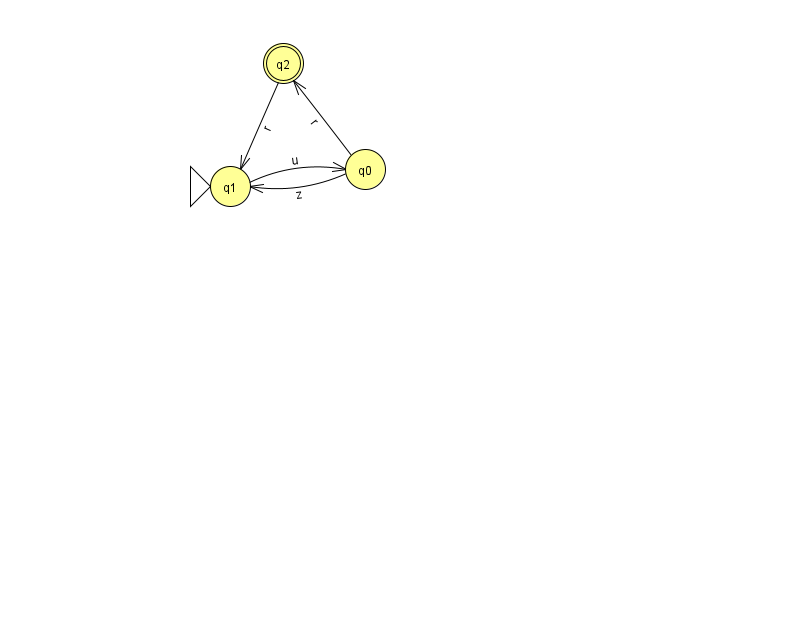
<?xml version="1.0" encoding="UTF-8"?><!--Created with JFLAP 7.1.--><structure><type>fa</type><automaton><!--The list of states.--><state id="0" name="q0"><x>365.0</x><y>156.0</y></state><state id="1" name="q1"><x>230.0</x><y>173.0</y><initial/></state><state id="2" name="q2"><x>283.0</x><y>50.0</y><final/></state><!--The list of transitions.--><transition><from>2</from><to>1</to><read>r</read></transition><transition><from>0</from><to>2</to><read>r</read></transition><transition><from>1</from><to>0</to><read>u</read></transition><transition><from>0</from><to>1</to><read>z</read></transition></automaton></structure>